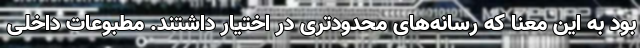
بود به این معنا که رسانه‌های محدودتری در اختیار داشتند. مطبوعات داخلی